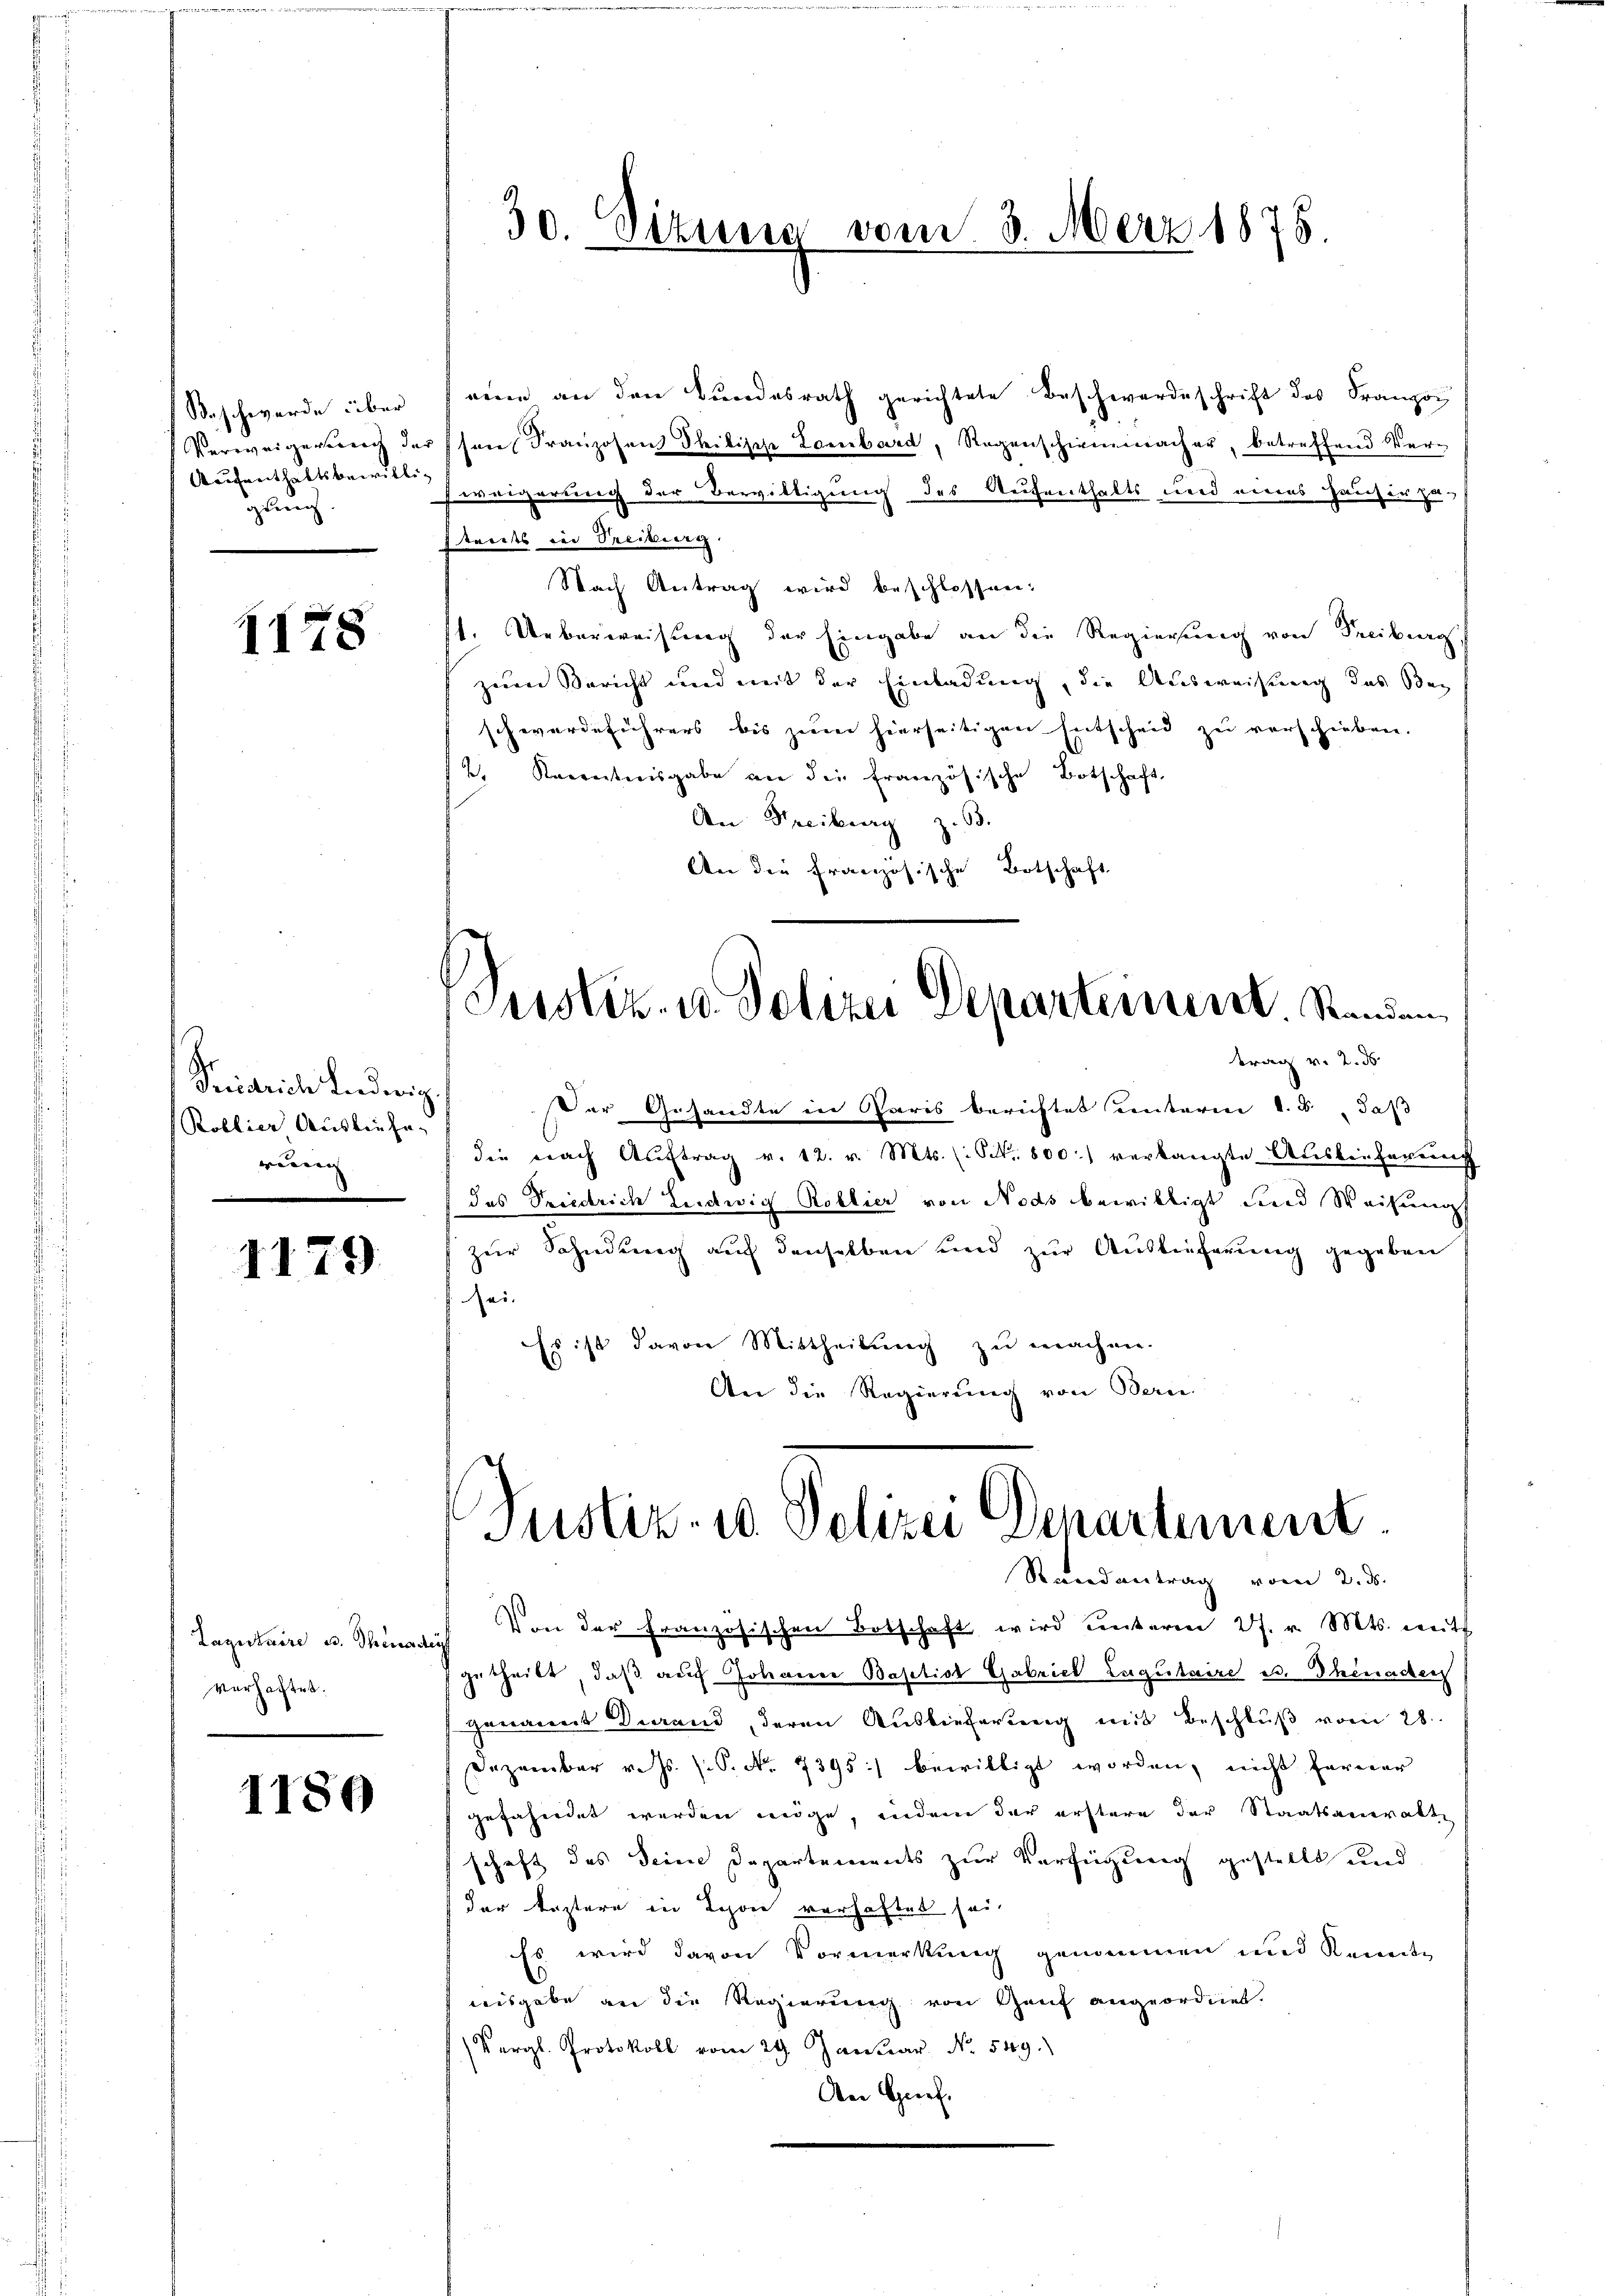
Beschwerde über
Verweigerung de
Aufenthaltsbewilliglung

1178

Seidliche Liederig
Kollier Ausliefe.
rung

1179

Lagitaire u. Thenad
verhaftet.

1180

30. Sizung vom 3. März 1876

aene an den Bundesrath gerichtete Beschwerdeschrift des Franzon
sere Franzosen Philische Lombard, Regenschirmmacher, betreffend Ver¬
Feuungerung der Bewilligung des Aufenthalts und eines Hauser zu-
sarztes in Preckung.
Nach Antrag wird beschlossen:
1. Ueberweisung der Eingabe an die Regierung von Freiburg
zum Bericht und mit der Einladung, die Ausweisung des Bei
schwerdeführers bis zum hierseitigen Entscheid zu verschieben.
t. Karretiisgabe an die französische Botschaft
An Streiburg z. B.
An die französische Botschaft
Custiz- u. Polizei Departement. Rinden
trag v. 2. ds
Der Gesandte in Paris berichtet unterm 1. B. daß
die nach Aŭftrag v. 12. v. Mts. (: St. 800 verlangte Auslieferung
das Friedrich Ludwig Roblier von Nods bewilligt und Weisung
zur Sahndung auf denselben und zur Auslieferung gegeben
sei.
Es ist davon Mittheilung zu machen.
An die Regierung von Bern

Justiz- u. Polizei Departement.
Randantrag vom 2. ds.

" Von der Französischen Botschaft wird ŭnterm 27. v. Mts. mit
getheilt, daß auch Johanne Baptist Gabriel Lugutaire es. Thenaden
genannt derand, deren Auslieferung mit Beschluß vom 28.
Dezember v. Js. s. S. Nr. 7395) bewilligt worden, nicht ferner
gefahndet werden möge, indem der erstere der Staatsamerakte
schaft des Seine Departements zur Verfügung gestellt und
.
der leztere in Lyon verhaftet sei.
Es wird davon Vormerkung genommen und kannte
aisgabe an die Regierung von Genf angeordnet.
(Vergl. Protokoll vom 29. Januar. No. 549.
An Genf.